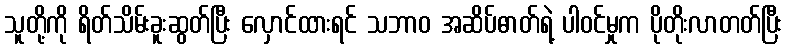
သူတို့ကို ရိတ်သိမ်းခူးဆွတ်ပြီး လှောင်ထားရင် သဘာဝ အဆိပ်ဓာတ်ရဲ့ ပါဝင်မှုက ပိုတိုးလာတတ်ပြီး